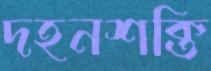
দহনশক্তি